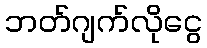
ဘတ်ဂျက်လိုငွေ